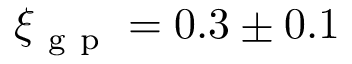
\xi _ { \mathrm { ~ g ~ p ~ } } = 0 . 3 \pm 0 . 1